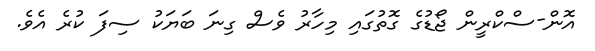
އޮން-ސްކްރީން ޖޯޑުގެ ގޮތުގައި މިހާރު ވެސް ގިނަ ބަޔަކު ސިފަ ކުރެ އެވެ.